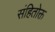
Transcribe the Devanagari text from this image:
संहितोक्त